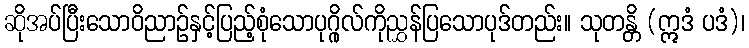
ဆိုအပ်ပြီးသောဝိညာဉ်နှင့်ပြည့်စုံသောပုဂ္ဂိုလ်ကိုညွှန်ပြသောပုဒ်တည်း။ သုတန္တိ (ဣဒံ ပဒံ)၊